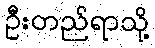
ဦးတည်ရာသို့